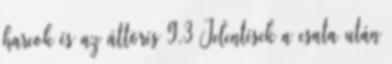
harcok és az áttörés 9.3 Jelentések a csata után